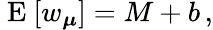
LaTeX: \mathrm{~E~}[w_{\boldsymbol{\mu}}]=M+b\, ,